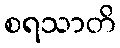
စရသာတိ